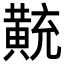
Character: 𪎽